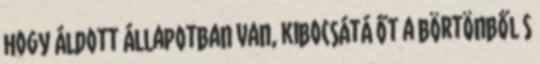
hogy áldott állapotban van, kibocsátá őt a börtönből s